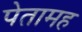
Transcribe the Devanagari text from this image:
पेतामह